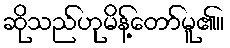
ဆိုသည်ဟုမိန့်တော်မူ၏။